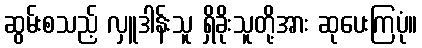
ဆွမ်းစသည့် လှူဒါန်းသူ ရှိခိုးသူတို့အား ဆုပေးကြပုံ။